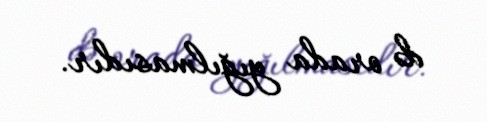
də orada yığılmasıdır.